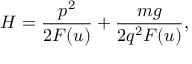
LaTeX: H = \frac { p ^ { 2 } } { 2 F ( u ) } + \frac { m g } { 2 q ^ { 2 } F ( u ) } ,